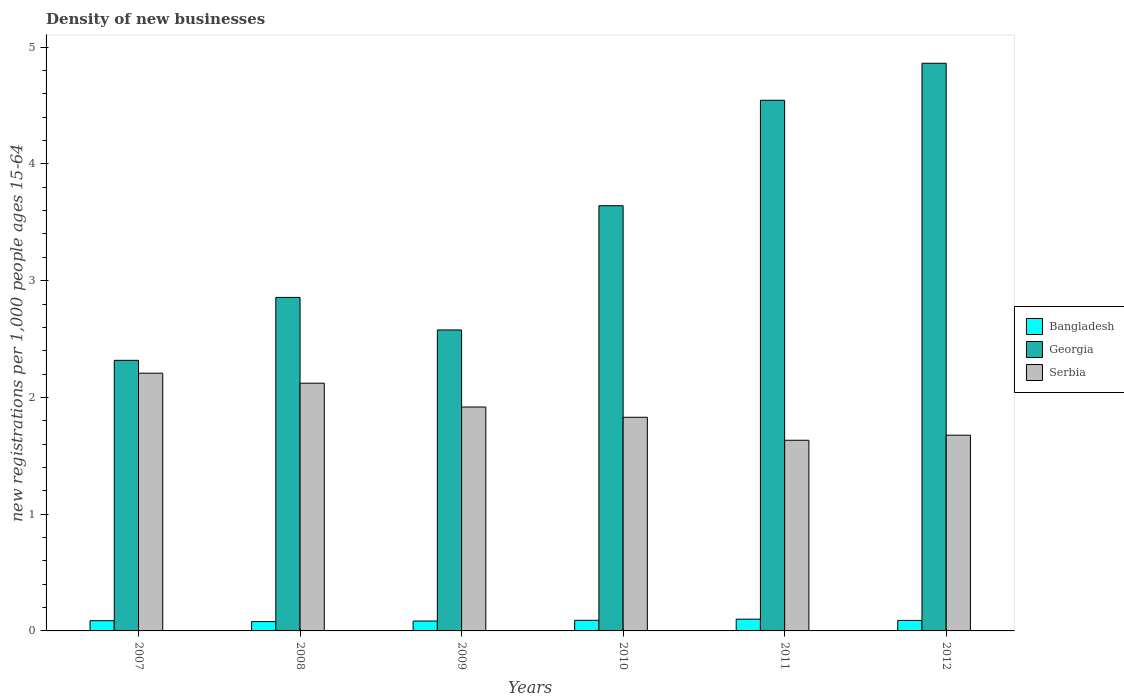
| Years | Bangladesh | Georgia | Serbia |
 | --- | --- | --- | --- |
 | 2007 | 0.0876 | 2.32 | 2.21 |
 | 2008 | 0.0799 | 2.86 | 2.12 |
 | 2009 | 0.0847 | 2.58 | 1.92 |
 | 2010 | 0.0909 | 3.64 | 1.83 |
 | 2011 | 0.101 | 4.55 | 1.63 |
 | 2012 | 0.09 | 4.86 | 1.68 |